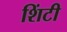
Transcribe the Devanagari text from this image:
शिंटी